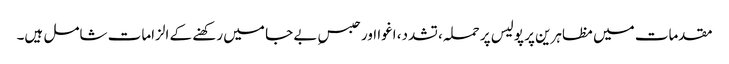
مقدمات میں مظاہرین پر پولیس پر حملہ، تشدد، اغوا اور حبسِ بے جا میں رکھنے کے الزامات شامل ہیں۔